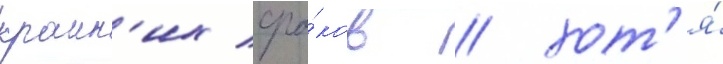
краин'их сро́ков / хот'я́